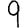
Digit: 9